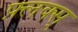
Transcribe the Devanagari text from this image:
फ़्लक्स्